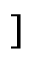
]